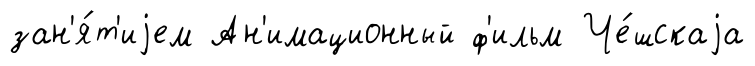
зан'я́т'иjем Ан'имационный ф'ильм Че́шскаjа